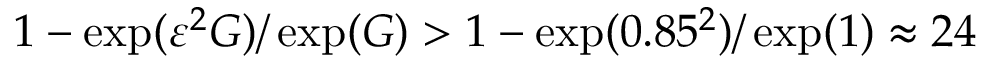
1 - \exp ( \varepsilon ^ { 2 } G ) / \exp ( G ) > 1 - \exp ( 0 . 8 5 ^ { 2 } ) / \exp ( 1 ) \approx 2 4 \